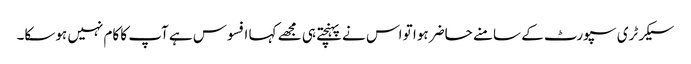
سیکرٹری سپورٹ کے سامنے حاضر ہوا تو اس نے پہنچتے ہی مجھے کہا افسوس ہے آپ کا کام نہیں ہوسکا۔